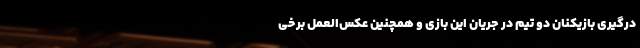
درگیری بازیکنان دو تیم در جریان این بازی و همچنین عکس‌العمل برخی